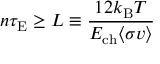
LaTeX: n \tau _ { \mathrm { { E } } } \geq L \equiv { \frac { 1 2 k _ { \mathrm { { B } } } T } { E _ { \mathrm { { c h } } } \langle \sigma v \rangle } }